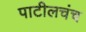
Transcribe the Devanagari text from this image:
पाटीलचंच